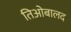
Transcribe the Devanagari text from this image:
तिओबालद